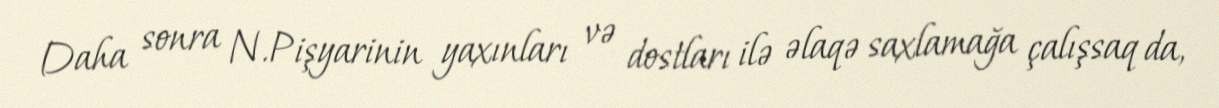
Daha sonra N.Pişyarinin yaxınları və dostları ilə əlaqə saxlamağa çalışsaq da,